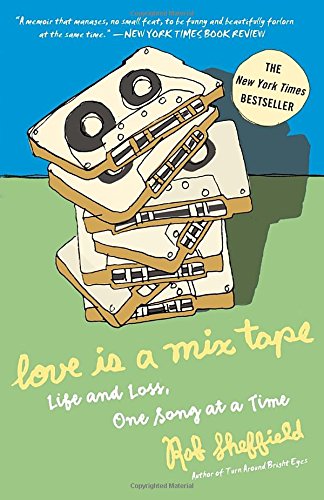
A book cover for Love Is a Mix Tape: Life and Loss, One Song at a Time; Rob Sheffield; Biographies & Memoirs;